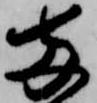
両